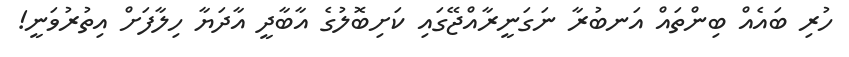
ހުރި ބައެއް ބިންތައް އަނބުރާ ނަގަނީރާއްޖޭގައި ކަށިބޮލުގެ އާބާދީ އާދަޔާ ހިލާފަށް އިިތުރުވަނީ!